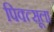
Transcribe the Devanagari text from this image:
पिक्त्सूला